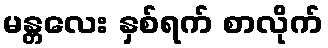
မန္တလေး နှစ်ရက် စာလိုက်